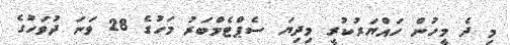
މި ދެ މީހުން ހައްޔަރުކުރީ މިދިޔަ ސެޕްޓެމްބަރު މަހުގެ 28 ވަނަ ދުވަހުގެ